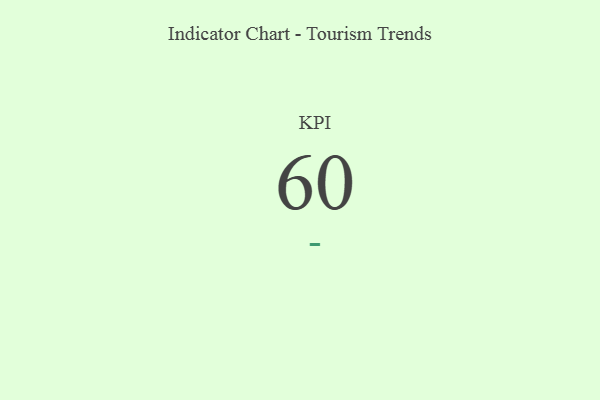
{"axis": {"x": "KPI", "y": "Value"}, "legend": [""], "data": [{"x": "KPI", "y": 60, "type": ""}]}